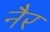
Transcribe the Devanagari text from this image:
नैर